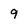
Character: 9